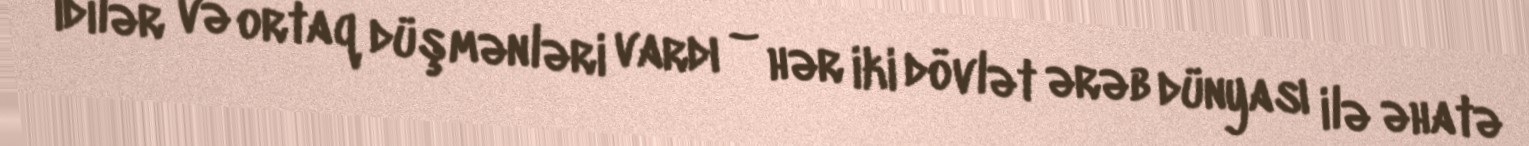
idilər və ortaq düşmənləri vardı – hər iki dövlət ərəb dünyası ilə əhatə